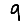
Digit: 9